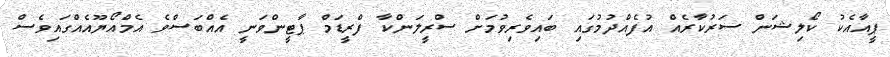
ޕީއާއެކު ކޯލިޝަން ސަރުކާރެއް އުފެއްދުމުގައި ބައިވެރިވުމަށް ސްރީލަންކާ ފްރީޑަމް ޕާޓީންވަނީ އެއްބަސްވެ އެމްއޯޔޫއެއްގައިވެސް